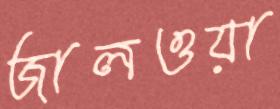
জালওয়া